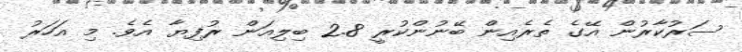
ސަރުކާރުން އޭގެ ތެރެއިން ބޭނުންކުރީ 2.8 ބިލިއަން ރުފިޔާ އެވެ. މި އަހަރު